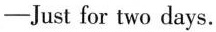
-Just for two days.